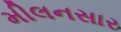
મીલનસાર